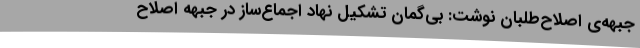
جبهه‌ی اصلاح‌طلبان نوشت: بی‌گمان تشکیل نهاد اجماع‌ساز در جبهه اصلاح